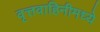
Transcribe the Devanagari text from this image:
वृत्तवाहिनीमध्ये